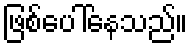
ဖြစ်ပေါ်နေသည်။